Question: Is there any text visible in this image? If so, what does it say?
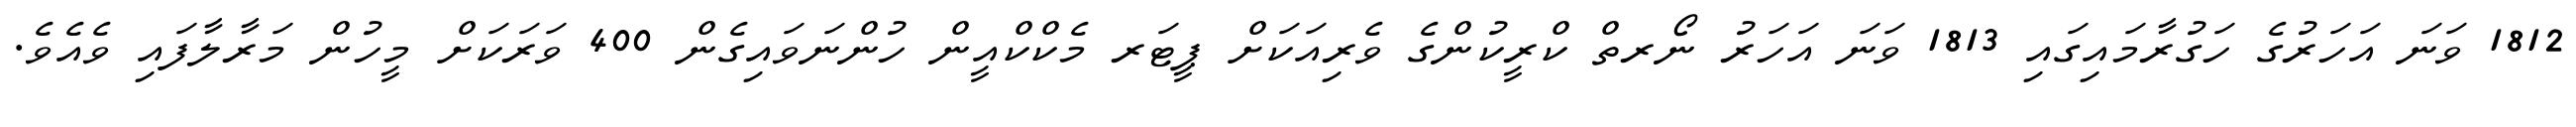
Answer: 1812 ވަނަ އަހަރުގެ ހަގުރާމައިގައި 1813 ވަނަ އަހަރު ނޯރތް ކްރީކުންގެ ވެރިއަކަށް ޕީޓަރ މެކްކްއީން ހުންނަވައިގެން 400 ވަރަކަށް މީހުން މަރާލާފައި ވެއެވެ.